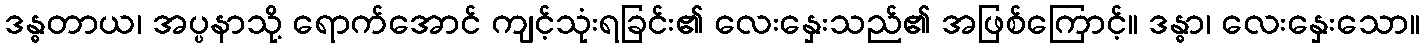
ဒန္ဓတာယ၊ အပ္ပနာသို့ ရောက်အောင် ကျင့်သုံးရခြင်း၏ လေးနှေးသည်၏ အဖြစ်ကြောင့်။ ဒန္ဓာ၊ လေးနှေးသော။